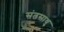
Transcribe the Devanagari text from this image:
संतसाधु